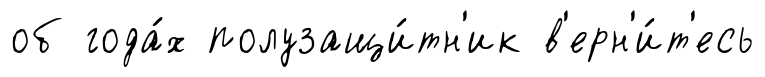
об года́х полузащи́тн'ик в'ерн'и́т'есь